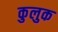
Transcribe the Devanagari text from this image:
कुलुक